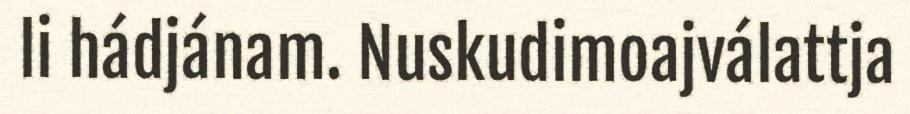
li hádjánam. Nuskudimoajválattja